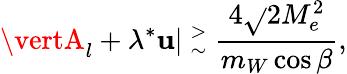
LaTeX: \vertA_{l}+\lambda^{\ast}\mathbf{u}\vert~{^>_{\sim}}~{\frac{{4\sqrt{}{2}M_{e}^{2}}}{{m_{W}\cos\beta}}},